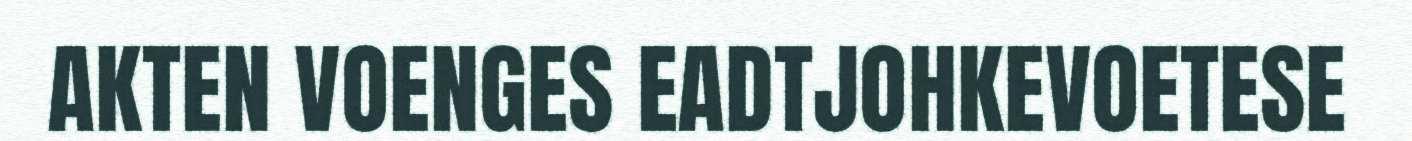
AKTEN VOENGES EADTJOHKEVOETESE